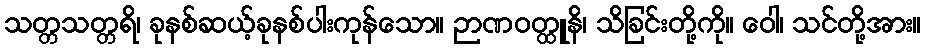
သတ္တသတ္တရိ၊ ခုနစ်ဆယ့်ခုနစ်ပါးကုန်သော။ ဉာဏဝတ္ထူနိ၊ သိခြင်းတို့ကို။ ဝေါ၊ သင်တို့အား။